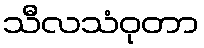
သီလသံဝုတာ